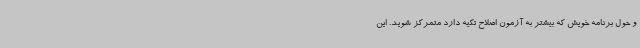
و حول برنامه خویش که بیشتر به آزمون اصلاح تکیه دارد متمرکز شوید. این